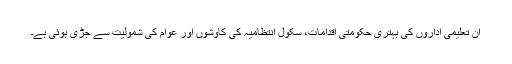
ان تعلیمی اداروں کی بہتری حکومتی اقدامات، سکول انتظامیہ کی کاوشوں اور عوام کی شمولیت سے جڑی ہوئی ہے۔